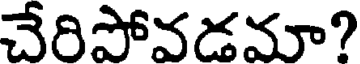
చేరిపోవడమా?